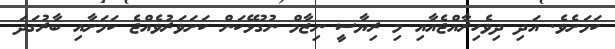
ކަމަށެވެ. އަދި ދިވެހިރާއްޖެއާއި މި ރިޔާސީ ނިޒާމް ނުގުޅޭކަން ކަށަވަރުވެއްޖެ ކަމަށާއި ބާރުގަދަ